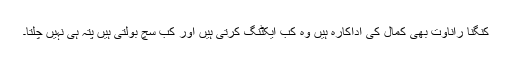
کنگنا راناوت بھی کمال کی اداکارہ ہیں وہ کب ایکٹنگ کرتی ہیں اور کب سچ بولتی ہیں پتہ ہی نہیں چلتا۔